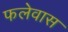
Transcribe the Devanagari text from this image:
फलेवास